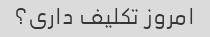
امروز تکلیف داری؟